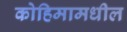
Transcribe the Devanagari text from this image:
कोहिमामधील